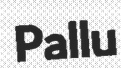
Pallu